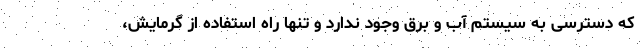
که دسترسی به سیستم آب و برق وجود ندارد و تنها راه استفاده از گرمایش،